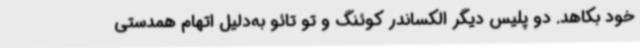
خود بکاهد. دو پلیس دیگر الکساندر کوئنگ و تو تائو به‌دلیل اتهام همدستی